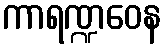
ကာရဏ္ဍဝေန